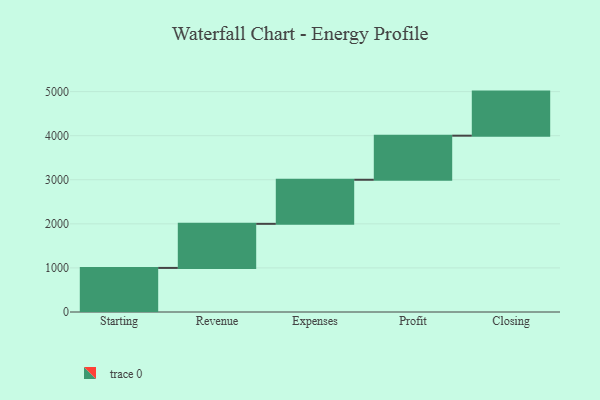
{"axis": {"x": "Step", "y": "Value"}, "legend": [""], "data": [{"x": "Starting", "y": 1000, "type": ""}, {"x": "Revenue", "y": 1000, "type": ""}, {"x": "Expenses", "y": 1000, "type": ""}, {"x": "Profit", "y": 1000, "type": ""}, {"x": "Closing", "y": 1000, "type": ""}]}